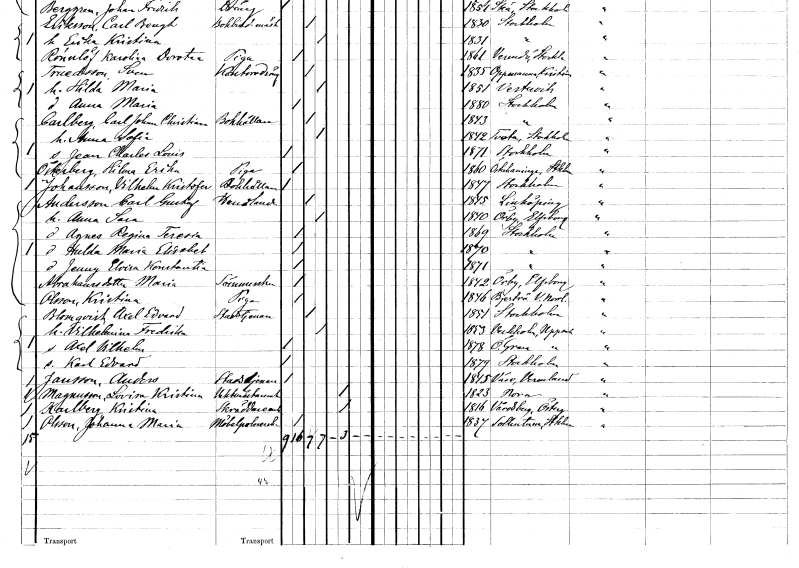
gt_parse: households: individuals: FN: Jean Charles Louis
KON: M
CIV: O
FODAR: 1871
FODFORS: Stockholm
FN: Hilma Erika
EN: Österberg
YRKE: Piga
KON: K
CIV: O
FODAR: 1860
FODFORS: Österhaninge Stockholms län
FN: Vilhelm Kristoffer
EN: Johansson
YRKE: Bokhållare
KON: M
CIV: O
FODAR: 1847
FODFORS: Stockholm
FN: Carl Gustaf
EN: Andersson
YRKE: Handlande
KON: M
CIV: G
FODAR: 1845
FODFORS: Linköping Östergötlands län
FN: Anna Sara
KON: K
CIV: G
FODAR: 1840
FODFORS: Örby Älvsborgs län
FN: Agnes Regina Teresia
KON: K
CIV: O
FODAR: 1869
FODFORS: Stockholm
FN: Hulda Maria Elisabet
KON: K
CIV: O
FODAR: 1870
FODFORS: Stockholm
FN: Jenny Elvira Konstantia
KON: K
CIV: O
FODAR: 1871
FODFORS: Stockholm
FN: Maria
EN: Abrahamsdotter
YRKE: Sömmerska
KON: K
CIV: O
FODAR: 1842
FODFORS: Örby Älvsborgs län
FN: Kristina
EN: Olsson
YRKE: Piga
KON: K
CIV: O
FODAR: 1846
FODFORS: Bjärtrå Västernorrlands län
FN: Axel Edvard
EN: Blomqvist
YRKE: Stadstjänare
KON: M
CIV: G
FODAR: 1851
FODFORS: Stockholm
FN: Vilhelmina Fredrika
KON: K
CIV: G
FODAR: 1853
FODFORS: Veckholm Uppsala län
FN: Axel Vilhelm
KON: M
CIV: O
FODAR: 1878
FODFORS: Övergran Uppsala län
FN: Karl Edvard
KON: M
CIV: O
FODAR: 1879
FODFORS: Stockholm
FN: Anders
EN: Jansson
YRKE: Stadstjänare
KON: M
CIV: O
FODAR: 1845
FODFORS: Väse Värmlands län
FN: Lovisa Kristina
EN: Magnusson
YRKE: Vaktmästareänka
KON: K
CIV: E
FODAR: 1823
FODFORS: Nora stadsförsamling Örebro län
FN: Kristina
EN: Karlberg
YRKE: Skräddareänka
KON: K
CIV: E
FODAR: 1816
FODFORS: Vårdsberg Östergötlands län
FN: Johanna Maria
EN: Olsson
YRKE: Möbelpolererska
KON: K
CIV: O
FODAR: 1837
FODFORS: Sollentuna Stockholms län